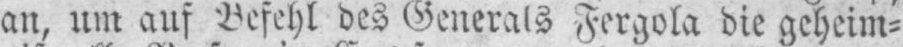
an, um auf Befehl des Generals Fergola die geheim⸗